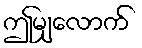
ဤမျှလောက်